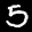
Digit: 5